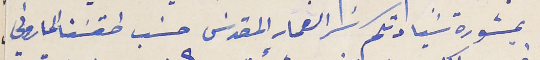
بمشورة سَيادتكم سَر العماد المقدسَ حسَب طقسَنا الماروني،